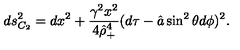
d s _ { C _ { 2 } } ^ { 2 } = d x ^ { 2 } + { \frac { \gamma ^ { 2 } x ^ { 2 } } { 4 \hat { \rho } _ { + } ^ { 4 } } } ( d \tau - \hat { a } \sin ^ { 2 } \theta d \phi ) ^ { 2 } .